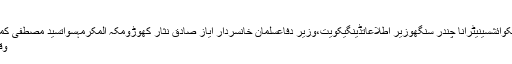
انسداد منی لانڈرنگ کا قانون نافذ کردیا ..
فاروق ستاردبئی تھیم پارکممنون حسینقطرسکوائشسینیٹرانا چندر سنگھوزیر اطلاعاتڈینگیکویت،وزیر دفاعسلمان خانسردار ایاز صادق نثار کھوڑومکہ المکرمہسواتسید مصطفی کمالمیاں نواز شریففہمیدہ مرزاشیر افگن نیازی
وقت اشاعت : 15/11/2016 - 20:14:29